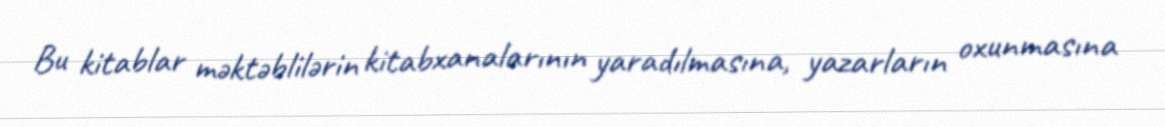
Bu kitablar məktəblilərin kitabxanalarının yaradılmasına, yazarların oxunmasına